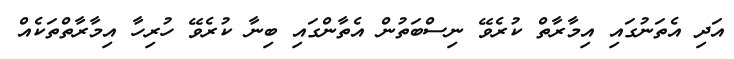
އަދި އެތަނުގައި އިމާރާތް ކުރެވޭ ނިސްބަތުން އެތާންގައި ބިނާ ކުރެވޭ ހުރިހާ އިމާރާތްތަކެއް